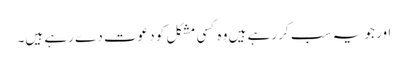
اور جو یہ سب کر رہے ہیں وہ کسی مشکل کو دعوت دے رہے ہیں۔